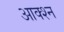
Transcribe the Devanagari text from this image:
आक्श्न